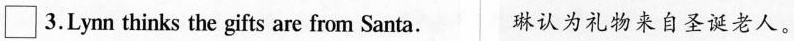
\Box 3.Lynn thinks the gifts are from Santa 琳认为礼物来自圣诞老人。